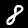
Label: 8